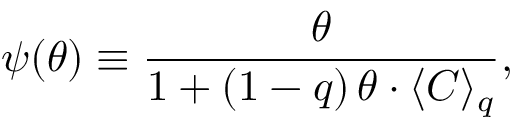
\psi ( \theta ) \equiv \frac { \theta } { 1 + ( 1 - q ) \, \theta \cdot \langle C \rangle _ { q } } ,